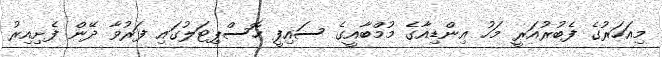
މިއަހަރުގެ ފެބުރުއަރީ މަހު އިންޑިއާގެ މުމްބާއީގެ ސައިފީ ހޮސްޕިޓަލުގައި ފަރުވާ ދޭން ފެށިއިރު